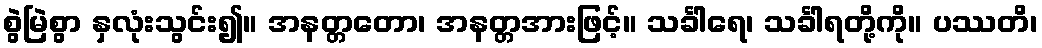
စွဲမြဲစွာ နှလုံးသွင်း၍။ အနတ္တတော၊ အနတ္တအားဖြင့်။ သင်္ခါရေ၊ သင်္ခါရတို့ကို။ ပဿတိ၊